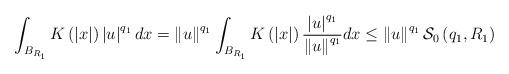
LaTeX: \begin{align*}\int_{B_{R_{1}}}K\left( \left| x\right| \right) \left| u\right|^{q_{1}}dx=\left\| u\right\| ^{q_{1}}\int_{B_{R_{1}}}K\left( \left| x\right|\right) \frac{\left| u\right| ^{q_{1}}}{\left\| u\right\| ^{q_{1}}}dx\leq\left\| u\right\| ^{q_{1}}\mathcal{S}_{0}\left( q_{1},R_{1}\right) \end{align*}